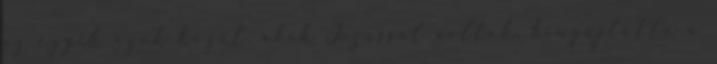
az egyik azok közül, akik Jézussal voltak, kinyújtotta a